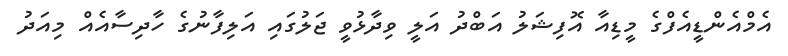
އެމްއެންޑީއެފްގެ މީޑިއާ އޮފިޝަލު އަބްދު އަލީ ވިދާޅުވީ ޖަލުގައި އަލިފާނުގެ ހާދިސާއެއް މިއަދު